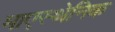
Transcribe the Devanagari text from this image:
माएस्थेनिक